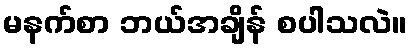
မနက်စာ ဘယ်အချိန် စပါသလဲ။